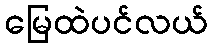
မြေထဲပင်လယ်